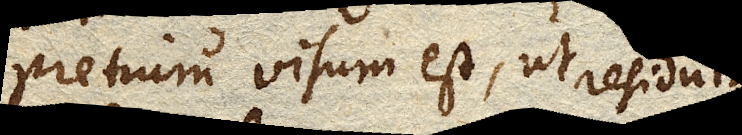
pretium visum est, ut residuis